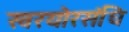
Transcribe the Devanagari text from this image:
स्वरयोरसंधि